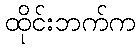
ထိုင်းဘက်က